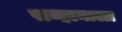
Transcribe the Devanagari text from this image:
सव्हानाला